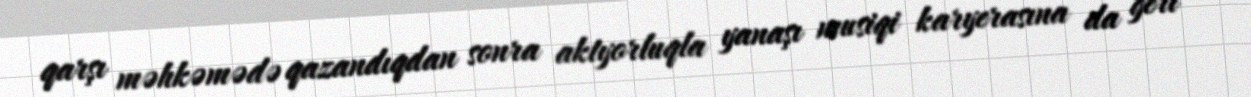
qarşı məhkəmədə qazandıqdan sonra aktyorluqla yanaşı musiqi karyerasına da geri